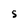
Character: 5